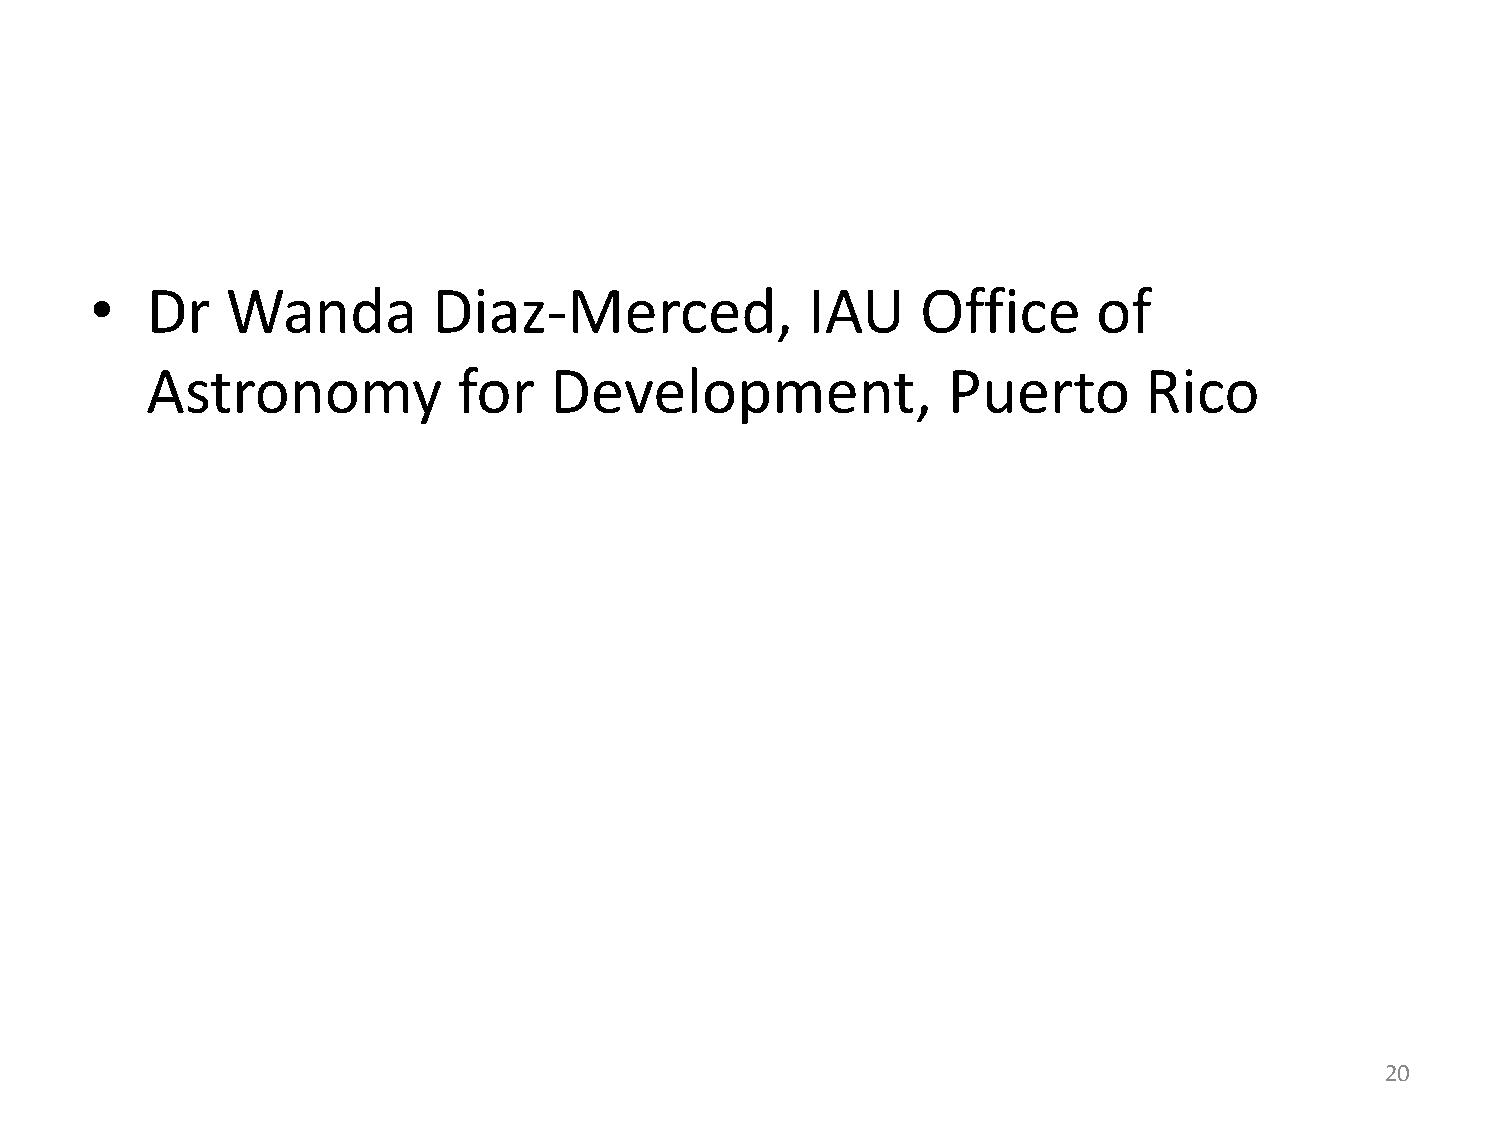
•   Dr   Wanda         Diaz-Merced,            IAU     Office      of
 Astronomy           for   Development,               Puerto       Rico
 20